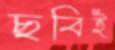
ছবিই